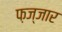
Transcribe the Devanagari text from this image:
फ़ज्जार